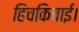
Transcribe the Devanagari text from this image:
हिचकिचाई।